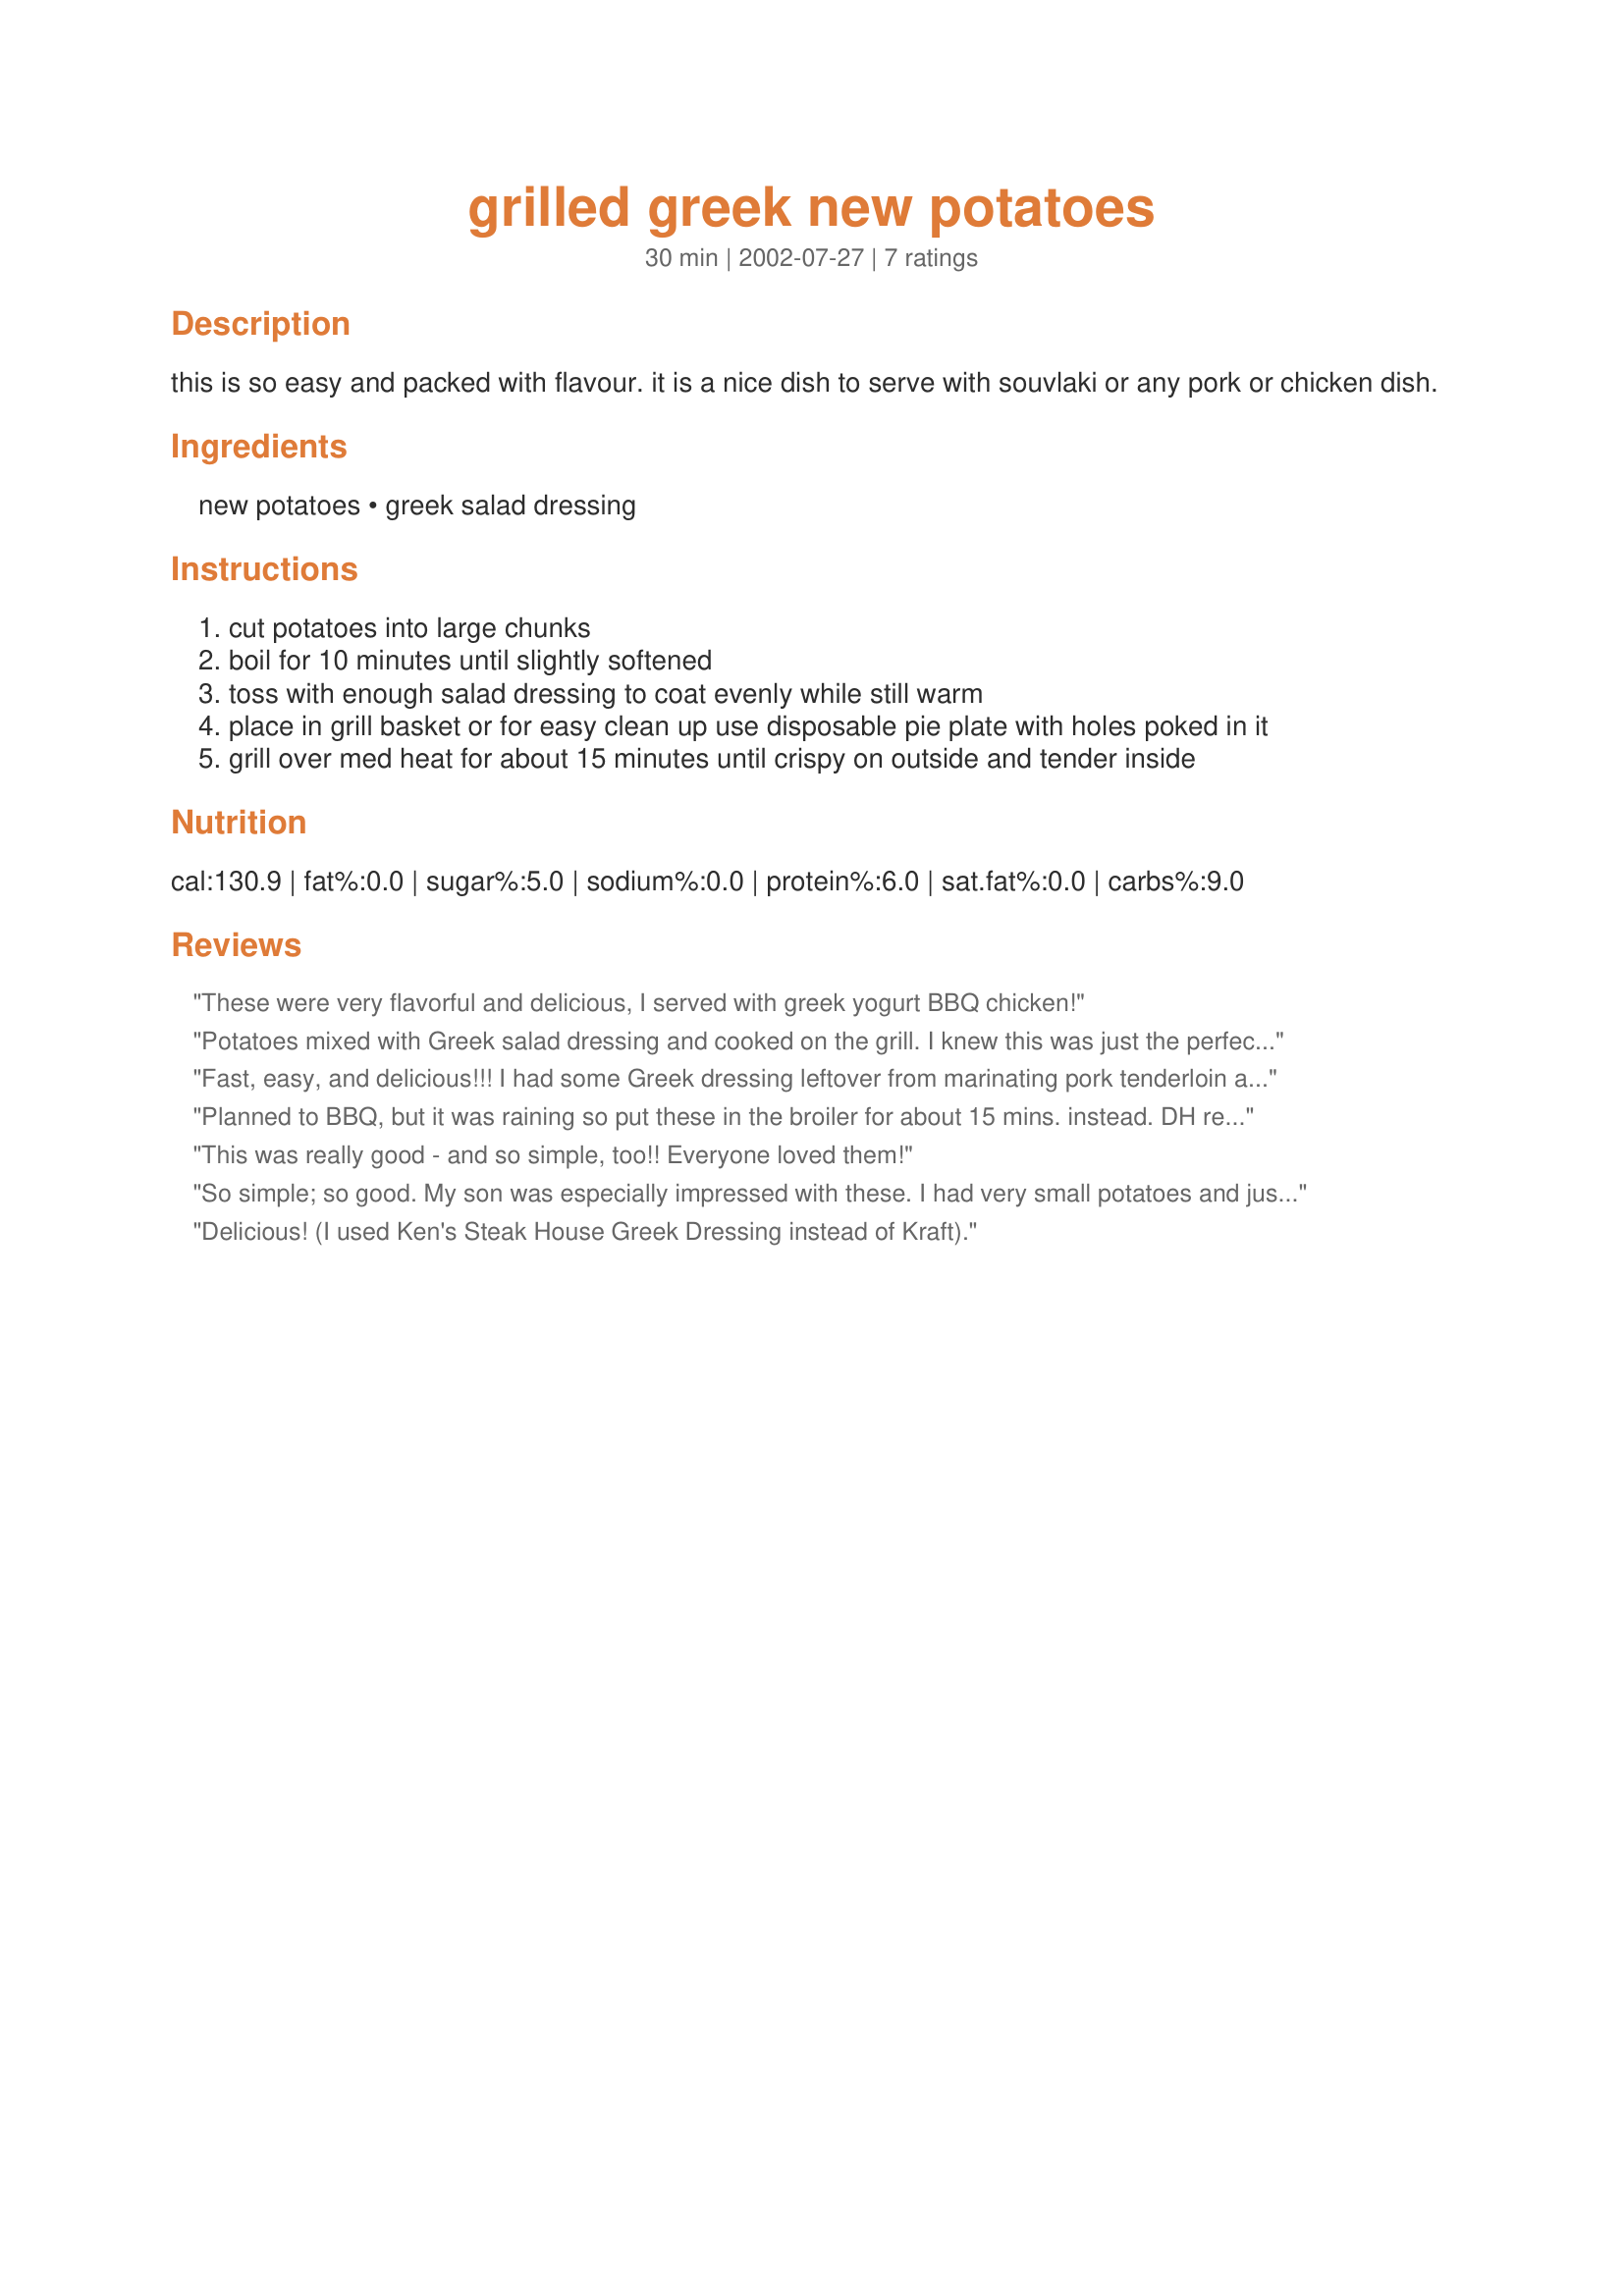
grilled greek new potatoes
Preparation time: 30 minutes

this is so easy and packed with flavour. it is a nice dish to serve with souvlaki or any pork or chicken dish.

Ingredients:
new potatoes, greek salad dressing

Steps:
cut potatoes into large chunks
boil for 10 minutes until slightly softened
toss with enough salad dressing to coat evenly while still warm
place in grill basket or for easy clean up use disposable pie plate with holes poked in it
grill over med heat for about 15 minutes until crispy on outside and tender inside

Reviews:
These were very flavorful and delicious, I served with greek yogurt BBQ chicken!
Potatoes mixed with Greek salad dressing and cooked on the grill. I knew this was just the perfect addition to the rest of our meal. Only 2 ingredients and I had neither. But that didn't stop me! I used 2 large baking potatoes, 1/4 cup of Italian salad dressing, 2 oz of mild feta cheese and to save time (mine) - I skipped the precooking and wrapped them in foil because DH was cooking the rest of dinner on the grill. Kate, it was a wonderful flavor combination and I think your original version would be even better. I will make this again.
Fast, easy, and delicious!!! I had some Greek dressing leftover from marinating pork tenderloin and came across your recipe and I am so glad I did-we loved these potatoes! I also let them marinate in the fridge about 5 hours. Served them w/ Recipe #13285 and some tzatziki for a wonderful meal. Thank you for a great recipe, Kate!!!
Planned to BBQ, but it was raining so put these in the broiler for about 15 mins. instead. DH really enjoyed them. I liked them, but wasn''t happy with the bottled salad dressing I used and, frankly, the dressing is the key here. Make sure you use a dressing you know you're going to like. Other than that, this is a good side for most BBQ. Thanks for posting.
This was really good - and so simple, too!! Everyone loved them!
So simple; so good. My son was especially impressed with these. I had very small potatoes and just left them whole after cooking them in the microwave. I let them marinate in the dressing for a while before grilling. Delightful!
Delicious! (I used Ken's Steak House Greek Dressing instead of Kraft).
